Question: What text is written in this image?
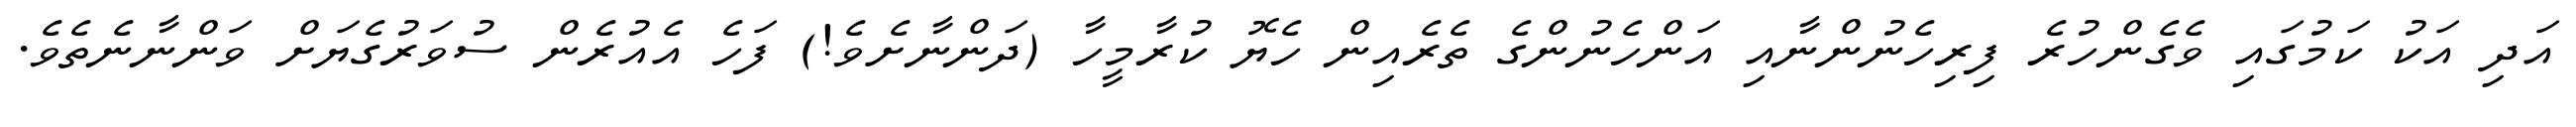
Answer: އަދި އަކު ކަމުގައި ވެގެންހުރެ ފިރިހެނުންނާއި އަންހެނުންގެ ތެރެއިން ހެޔޮ ކުރާމީހާ (ދަންނާށެވެ!) ފަހެ އެއުރެން ސުވަރުގެޔަށް ވަންނާނެތެވެ.